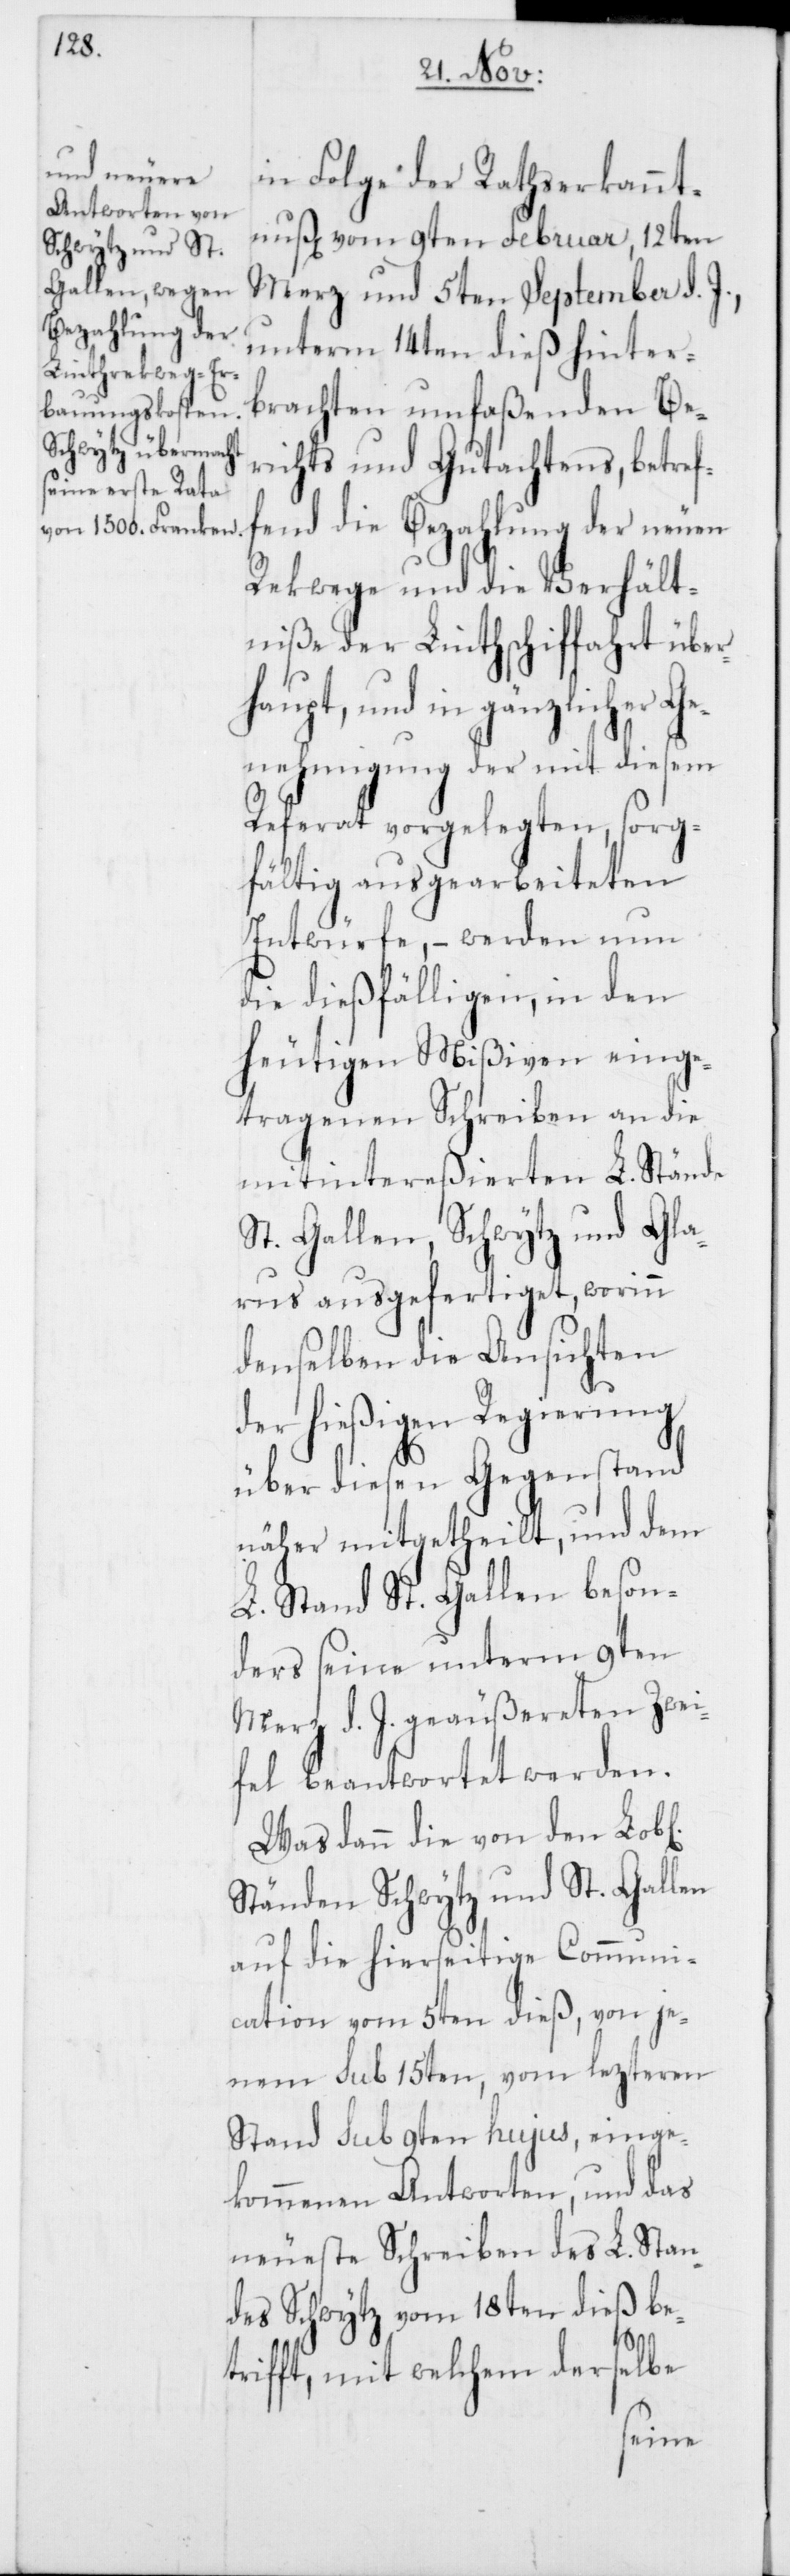
in Folge der Rathserkannt¬
nuß vom 9ten Februar, 12ten
Merz und 5ten September d.
unterm 14ten dieß hinter¬
brachten umfaßenden Be¬
richts und Gutachtens, betref¬
fend die Bezahlung der neuen
Rekwege und die Verhält¬
niße der Linthschiffahrt über¬
haupt, und in gänzlicher Ge¬
nehmigung der mit diesem
Referat vorgelegten, sorg¬
fältig ausgebarbeiteten
Entwürfe, – werden nun
die dießfälligen, in den
heutigen Mißiven einge¬
tragenen Schreiben an die
mitintereßierten L. Stände
St. Gallen, Schwytz und Gla¬
rus ausgefertiget, worinn
denselben die Ansichten
der hießigen Regierung
über diesen Gegenstand
näher mitgetheilt, und dem
L. Stand St. Gallen beson¬
ders seine unterm 9ten
Merz d. J. geäußereten Zwei¬
fel beantwortet werden.
Was dann die von den
Ständen Schwytz und St. Gallen
auf die hierseitige Communi¬
cation vom 5ten dieß, von je¬
nem sub 15ten, vom lezteren
Stand sub 9ten hujus, einge¬
kommenen Antworten, und das
neueste Schreiben des L. Stan¬
des Schwytz vom 18ten dieß be¬
trifft, mit welchem derselbe